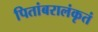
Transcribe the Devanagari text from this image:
पितांबरालंकृतं